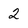
Character: 2